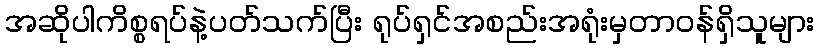
အဆိုပါကိစ္စရပ်နဲ့ပတ်သက်ပြီး ရုပ်ရှင်အစည်းအရုံးမှတာဝန်ရှိသူများ